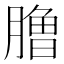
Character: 𰯐